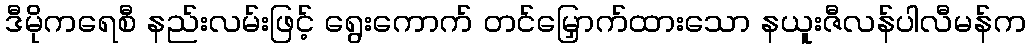
ဒီမိုကရေစီ နည်းလမ်းဖြင့် ရွေးကောက် တင်မြှောက်ထားသော နယူးဇီလန်ပါလီမန်က